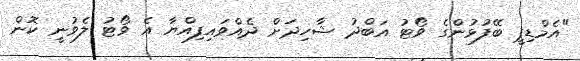
"އެމްޑިޕީ ބޭފުޅުންގެ ވޯޓު އަބްދު ޝާހިދަށް ދެއްވައިފިއްޔާ އެ ވޯޓު ލެވުނީ ކޮން